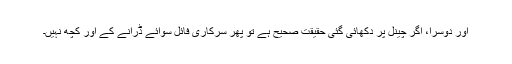
اور دوسرا، اگر چینل پر دکھائی گئی حقیقت صحیح ہے تو پھر سرکاری فائل سوائے ڈرانے کے اور کچھ نہیں۔